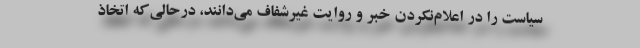
سیاست را در اعلام‌نکردن خبر و روایت غیرشفاف می‌دانند، درحالی‌که اتخاذ